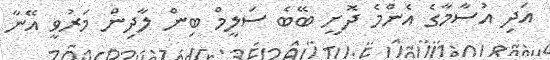
އަދި އުސާމާގެ އެންމެ ދޮށީ ބޭބެ ސަލީމް ބިން ލާދިން މަރުވީ އޭނާ